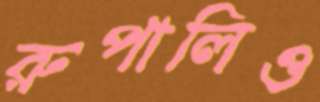
রুপালিও